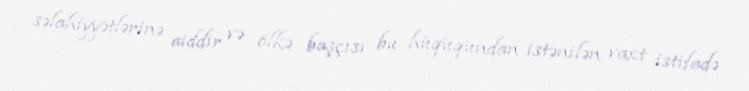
səlahiyyətlərinə aiddir və ölkə başçısı bu hüququndan istənilən vaxt istifadə